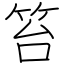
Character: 笞